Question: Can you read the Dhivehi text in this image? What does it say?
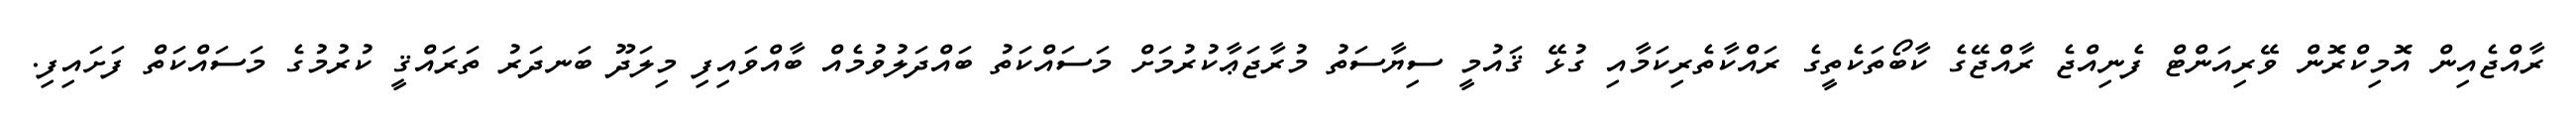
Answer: ރާއްޖެއިން އޮމިކްރޮން ވޭރިއަންޓް ފެނިއްޖެ ރާއްޖޭގެ ކާބޯތަކެތީގެ ރައްކާތެރިކަމާއި ގުޅޭ ޤައުމީ ސިޔާސަތު މުރާޖަޢާކުރުމަށް މަސައްކަތު ބައްދަލުވުމެއް ބާއްވައިފި މިލަދޫ ބަނދަރު ތަރައްޤީ ކުރުމުގެ މަސައްކަތް ފަށައިފި.